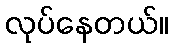
လုပ်နေတယ်။